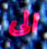
الى